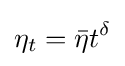
\eta _{t}={\bar {\eta }}t^{\delta }